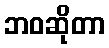
ဘဝဆိုတာ